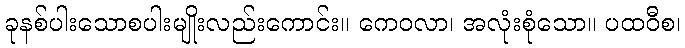
ခုနစ်ပါးသောစပါးမျိုးလည်းကောင်း။ ကေဝလာ၊ အလုံးစုံသော။ ပထဝီစ၊